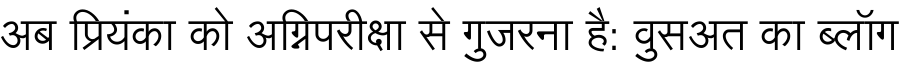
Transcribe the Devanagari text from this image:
अब प्रियंका को अग्निपरीक्षा से गुजरना है: वुसअत का ब्लॉग